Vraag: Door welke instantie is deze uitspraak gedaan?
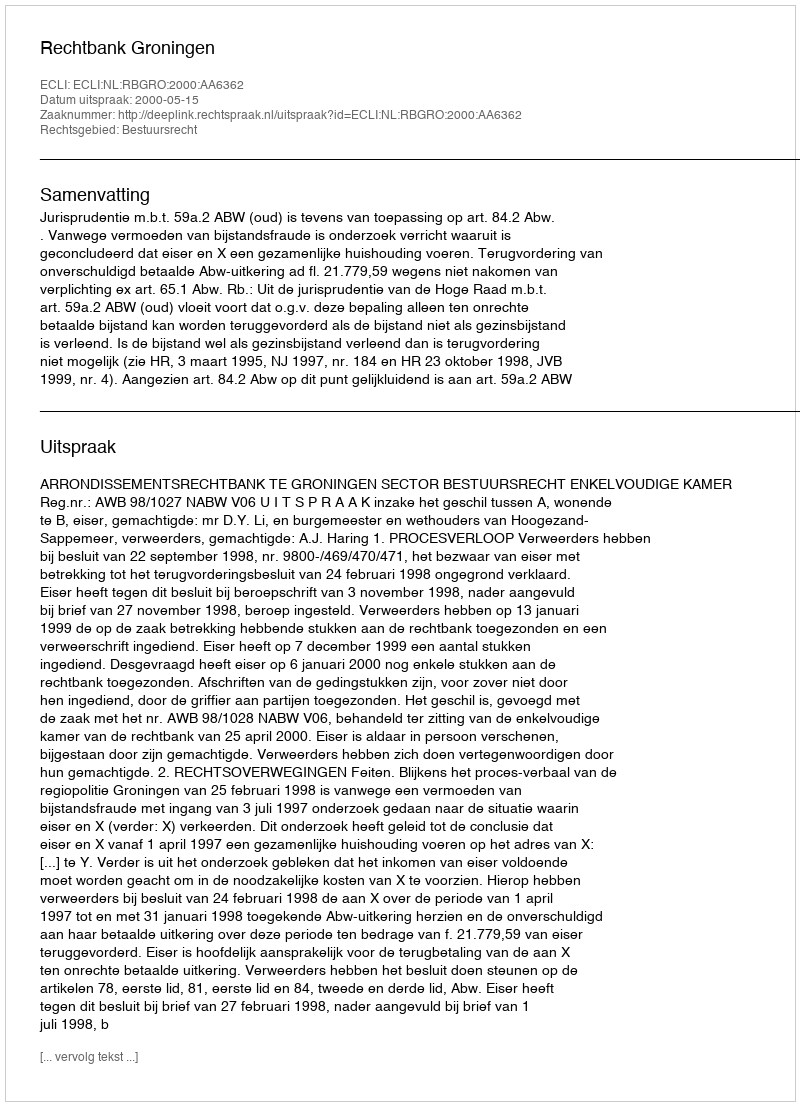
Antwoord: Rechtbank Groningen